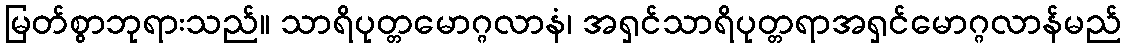
မြတ်စွာဘုရားသည်။ သာရိပုတ္တမောဂ္ဂလာနံ၊ အရှင်သာရိပုတ္တရာအရှင်မောဂ္ဂလာန်မည်